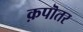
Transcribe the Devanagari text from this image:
क़पॊतर